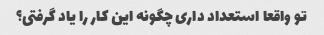
تو واقعا استعداد داری چگونه این کار را یاد گرفتی؟